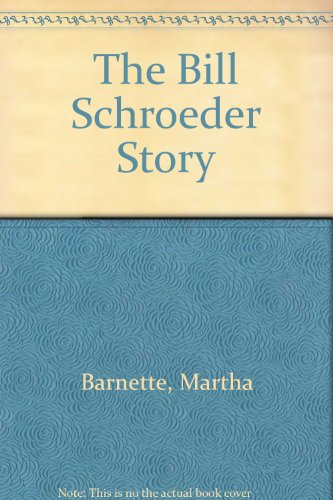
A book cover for The Bill Schroeder Story; Martha Barnette; Health, Fitness & Dieting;